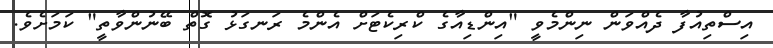
އިސްތިއުފާ ދެއްވަން ނިންމެވީ "އިންޑިއާގެ ކްރިކެޓަށް އެންމެ ރަނގަޅު ގޮތް ބޭނުންވާތީ" ކަމަށެވެ.